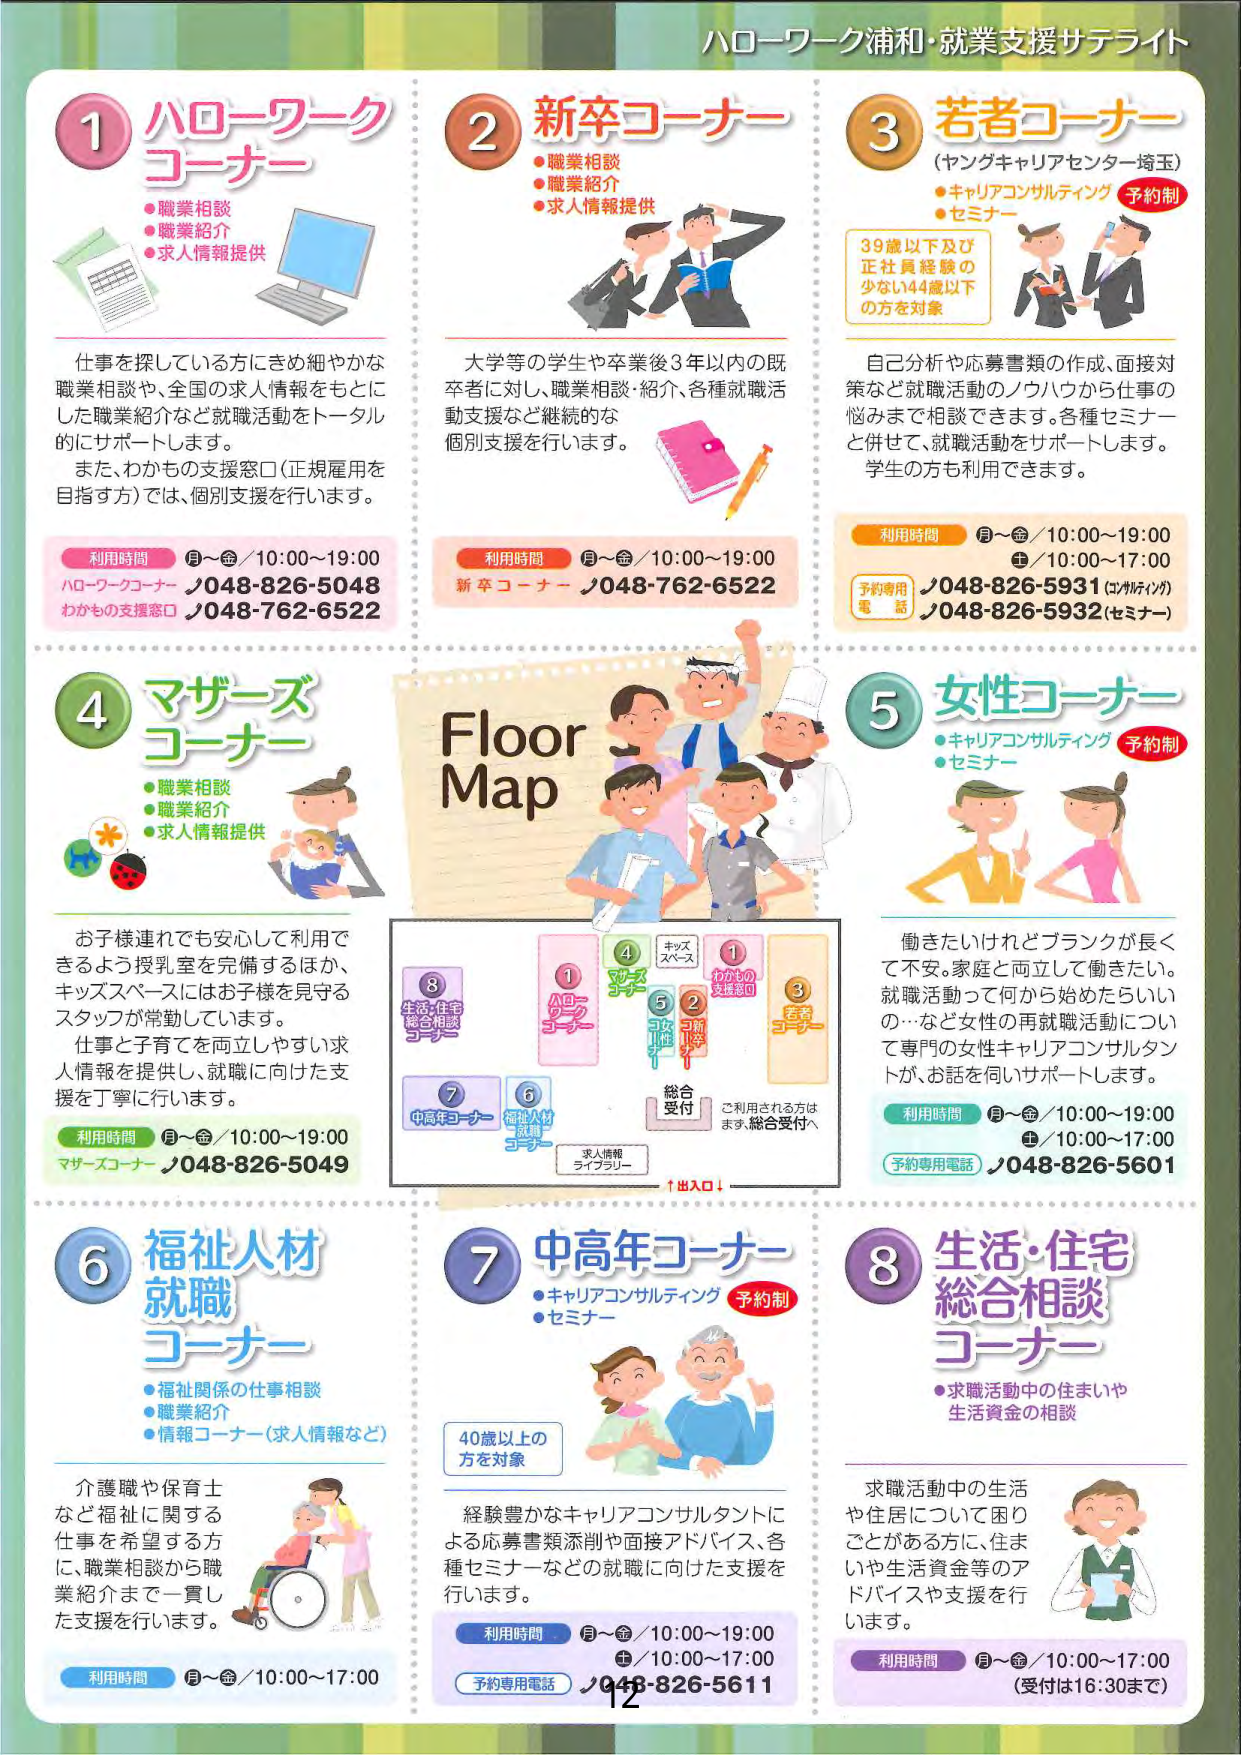
ハローワーク浦和・就業支援サテライト

1 ハローワークコーナー
●職業相談
●職業紹介
●求人情報提供

仕事を探している方にきめ細やかな職業相談や、全国の求人情報をもとにした職業紹介など就職活動をトータル的にサポートします。
また、わかもの支援窓口（正規雇用を目指す方）では、個別支援を行います。

利用時間 月～金／10:00～19:00
ハローワークコーナー／048-826-5048
わかもの支援窓口／048-762-6522

2 新卒コーナー
●職業相談
●職業紹介
●求人情報提供

大学等の学生や卒業後3年以内の既卒者に対し、職業相談・紹介、各種就職活動支援など継続的な個別支援を行います。

利用時間 月～金／10:00～19:00
新卒コーナー／048-762-6522

3 若者コーナー
（ヤングキャリアセンター埼玉）
●キャリアコンサルティング 予約制
●セミナー

39歳以下及び正社員経験の少ない44歳以下の方を対象

自己分析や応募書類の作成、面接対策など就職活動のノウハウから仕事の悩みまで相談できます。各種セミナーと併せて、就職活動をサポートします。学生の方も利用できます。

利用時間 月～金／10:00～19:00
土／10:00～17:00
予約専用電話／048-826-5931（コンサルティング）
／048-826-5932（セミナー）

4 マザーズコーナー
●職業相談
●職業紹介
●求人情報提供

お子様連れでも安心して利用できるよう授乳室を完備するほか、キッズスペースにはお子様を見守るスタッフが常勤しています。
仕事と子育てを両立しやすい求人情報を提供し、就職に向けた支援を丁寧に行います。

利用時間 月～金／10:00～19:00
マザーズコーナー／048-826-5049

Floor Map

5 女性コーナー
●キャリアコンサルティング 予約制
●セミナー

働きたいけれどブランクが長くて不安。家庭と両立して働きたい。就職活動って何から始めたらいいの…など女性の再就職活動について専門の女性キャリアコンサルタントが、お話を伺いサポートします。

利用時間 月～金／10:00～19:00
土／10:00～17:00
予約専用電話／048-826-5601

6 福祉人材就職コーナー
●福祉関係の仕事相談
●職業紹介
●情報コーナー（求人情報など）

介護職や保育士など福祉に関する仕事を希望する方に、職業相談から職業紹介まで一貫した支援を行います。

利用時間 月～金／10:00～17:00

7 中高年コーナー
●キャリアコンサルティング 予約制
●セミナー

40歳以上の方を対象

経験豊かなキャリアコンサルタントによる応募書類添削や面接アドバイス、各種セミナーなどの就職に向けた支援を行います。

利用時間 月～金／10:00～19:00
土／10:00～17:00
予約専用電話／048-826-5611

8 生活・住宅総合相談コーナー
●求職活動中の住まいや生活資金の相談

求職活動中の生活や住居について困りごとがある方に、住まいや生活資金等のアドバイスや支援を行います。

利用時間 月～金／10:00～17:00
（受付は16:30まで）

Floor Map 内部テキスト：
1 ハローワークコーナー
2 新卒コーナー
3 若者コーナー
4 マザーズコーナー
5 女性コーナー
6 福祉人材就職コーナー
7 中高年コーナー
8 生活・住宅総合相談コーナー
キッズスペース
わかもの支援窓口
総合受付
求人情報ライブラリー
↑出入口↓
ご利用される方はまず、総合受付へ